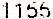
1155